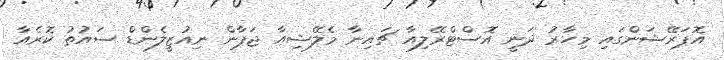
އޮޕަރޭޝަންގައި މިހާރު ދަނީ އޮސްޓްރޭލިއާ ޗައިނާ މެލޭޝިއާ ޖަޕާން ނިއުޒީލެންޑް ސައުތު ކޮރެއާ